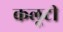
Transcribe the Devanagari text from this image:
कलूटी